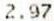
2.97